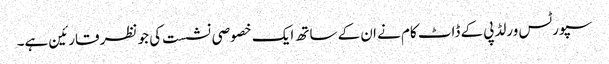
سپورٹس ورلڈپی کے ڈاٹ کام نے ان کے ساتھ ایک خصوصی نشست کی جو نظر قارئین ہے۔